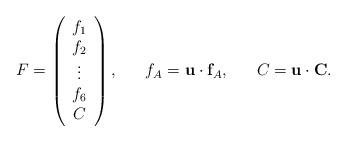
\begin{align*}F = \left( \begin{array}{c} f_{1} \\ f_{2} \\ \vdots \\ f_{6} \\ C \end{array} \right), ~~~~~f_{A} = {\bf u} \cdot {\bf f}_{A}, ~~~~~ C = {\bf u} \cdot {\bf C} .\end{align*}